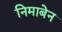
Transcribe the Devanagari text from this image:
निमाबेन